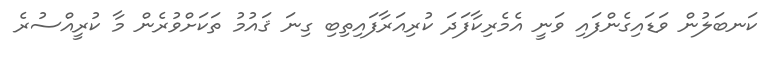
ކަނބަލުން ވަޑައިގެންފައި ވަނީ އެމެރިކާފަދަ ކުރިއަރާފައިތިބި ގިނަ ޤައުމު ތަކަށްވުރެން މާ ކުރީއްސުރެ